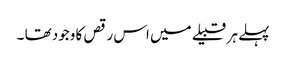
پہلے ہر قبیلے میں اس رقص کا وجود تھا ۔